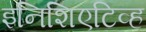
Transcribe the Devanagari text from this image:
इनिशिएटिव्ह